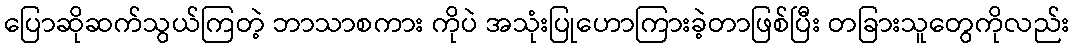
ပြောဆိုဆက်သွယ်ကြတဲ့ ဘာသာစကား ကိုပဲ အသုံးပြုဟောကြားခဲ့တာဖြစ်ပြီး တခြားသူတွေကိုလည်း